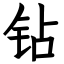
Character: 钻